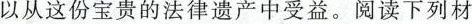
以从这份宝贵的法律遗产中受益。阅读下列材